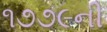
૧૭૭૯ની